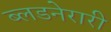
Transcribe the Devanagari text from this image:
ब्लडनेरारी